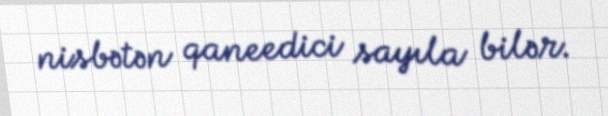
nisbətən qaneedici sayıla bilər.